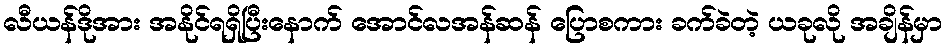
လီယန်ဒိုအား အနိုင်ရရှိပြီးနောက် အောင်လအန်ဆန် ပြောစကား ခက်ခဲတဲ့ ယခုလို အချိန်မှာ